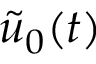
\tilde { u } _ { 0 } ( t )